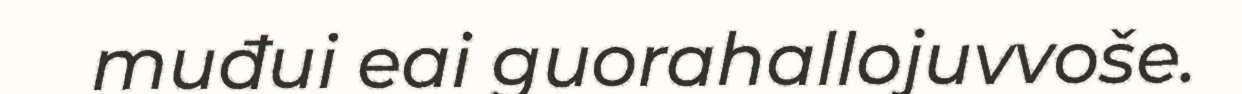
muđui eai guorahallojuvvoše.